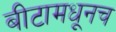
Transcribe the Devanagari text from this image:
बीटामधूनच